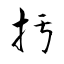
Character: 扝